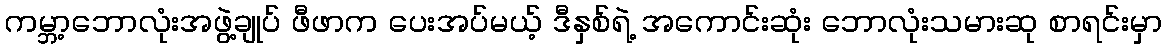
ကမ္ဘာ့ဘောလုံးအဖွဲ့ချုပ် ဖီဖာက ပေးအပ်မယ့် ဒီနှစ်ရဲ့ အကောင်းဆုံး ဘောလုံးသမားဆု စာရင်းမှာ